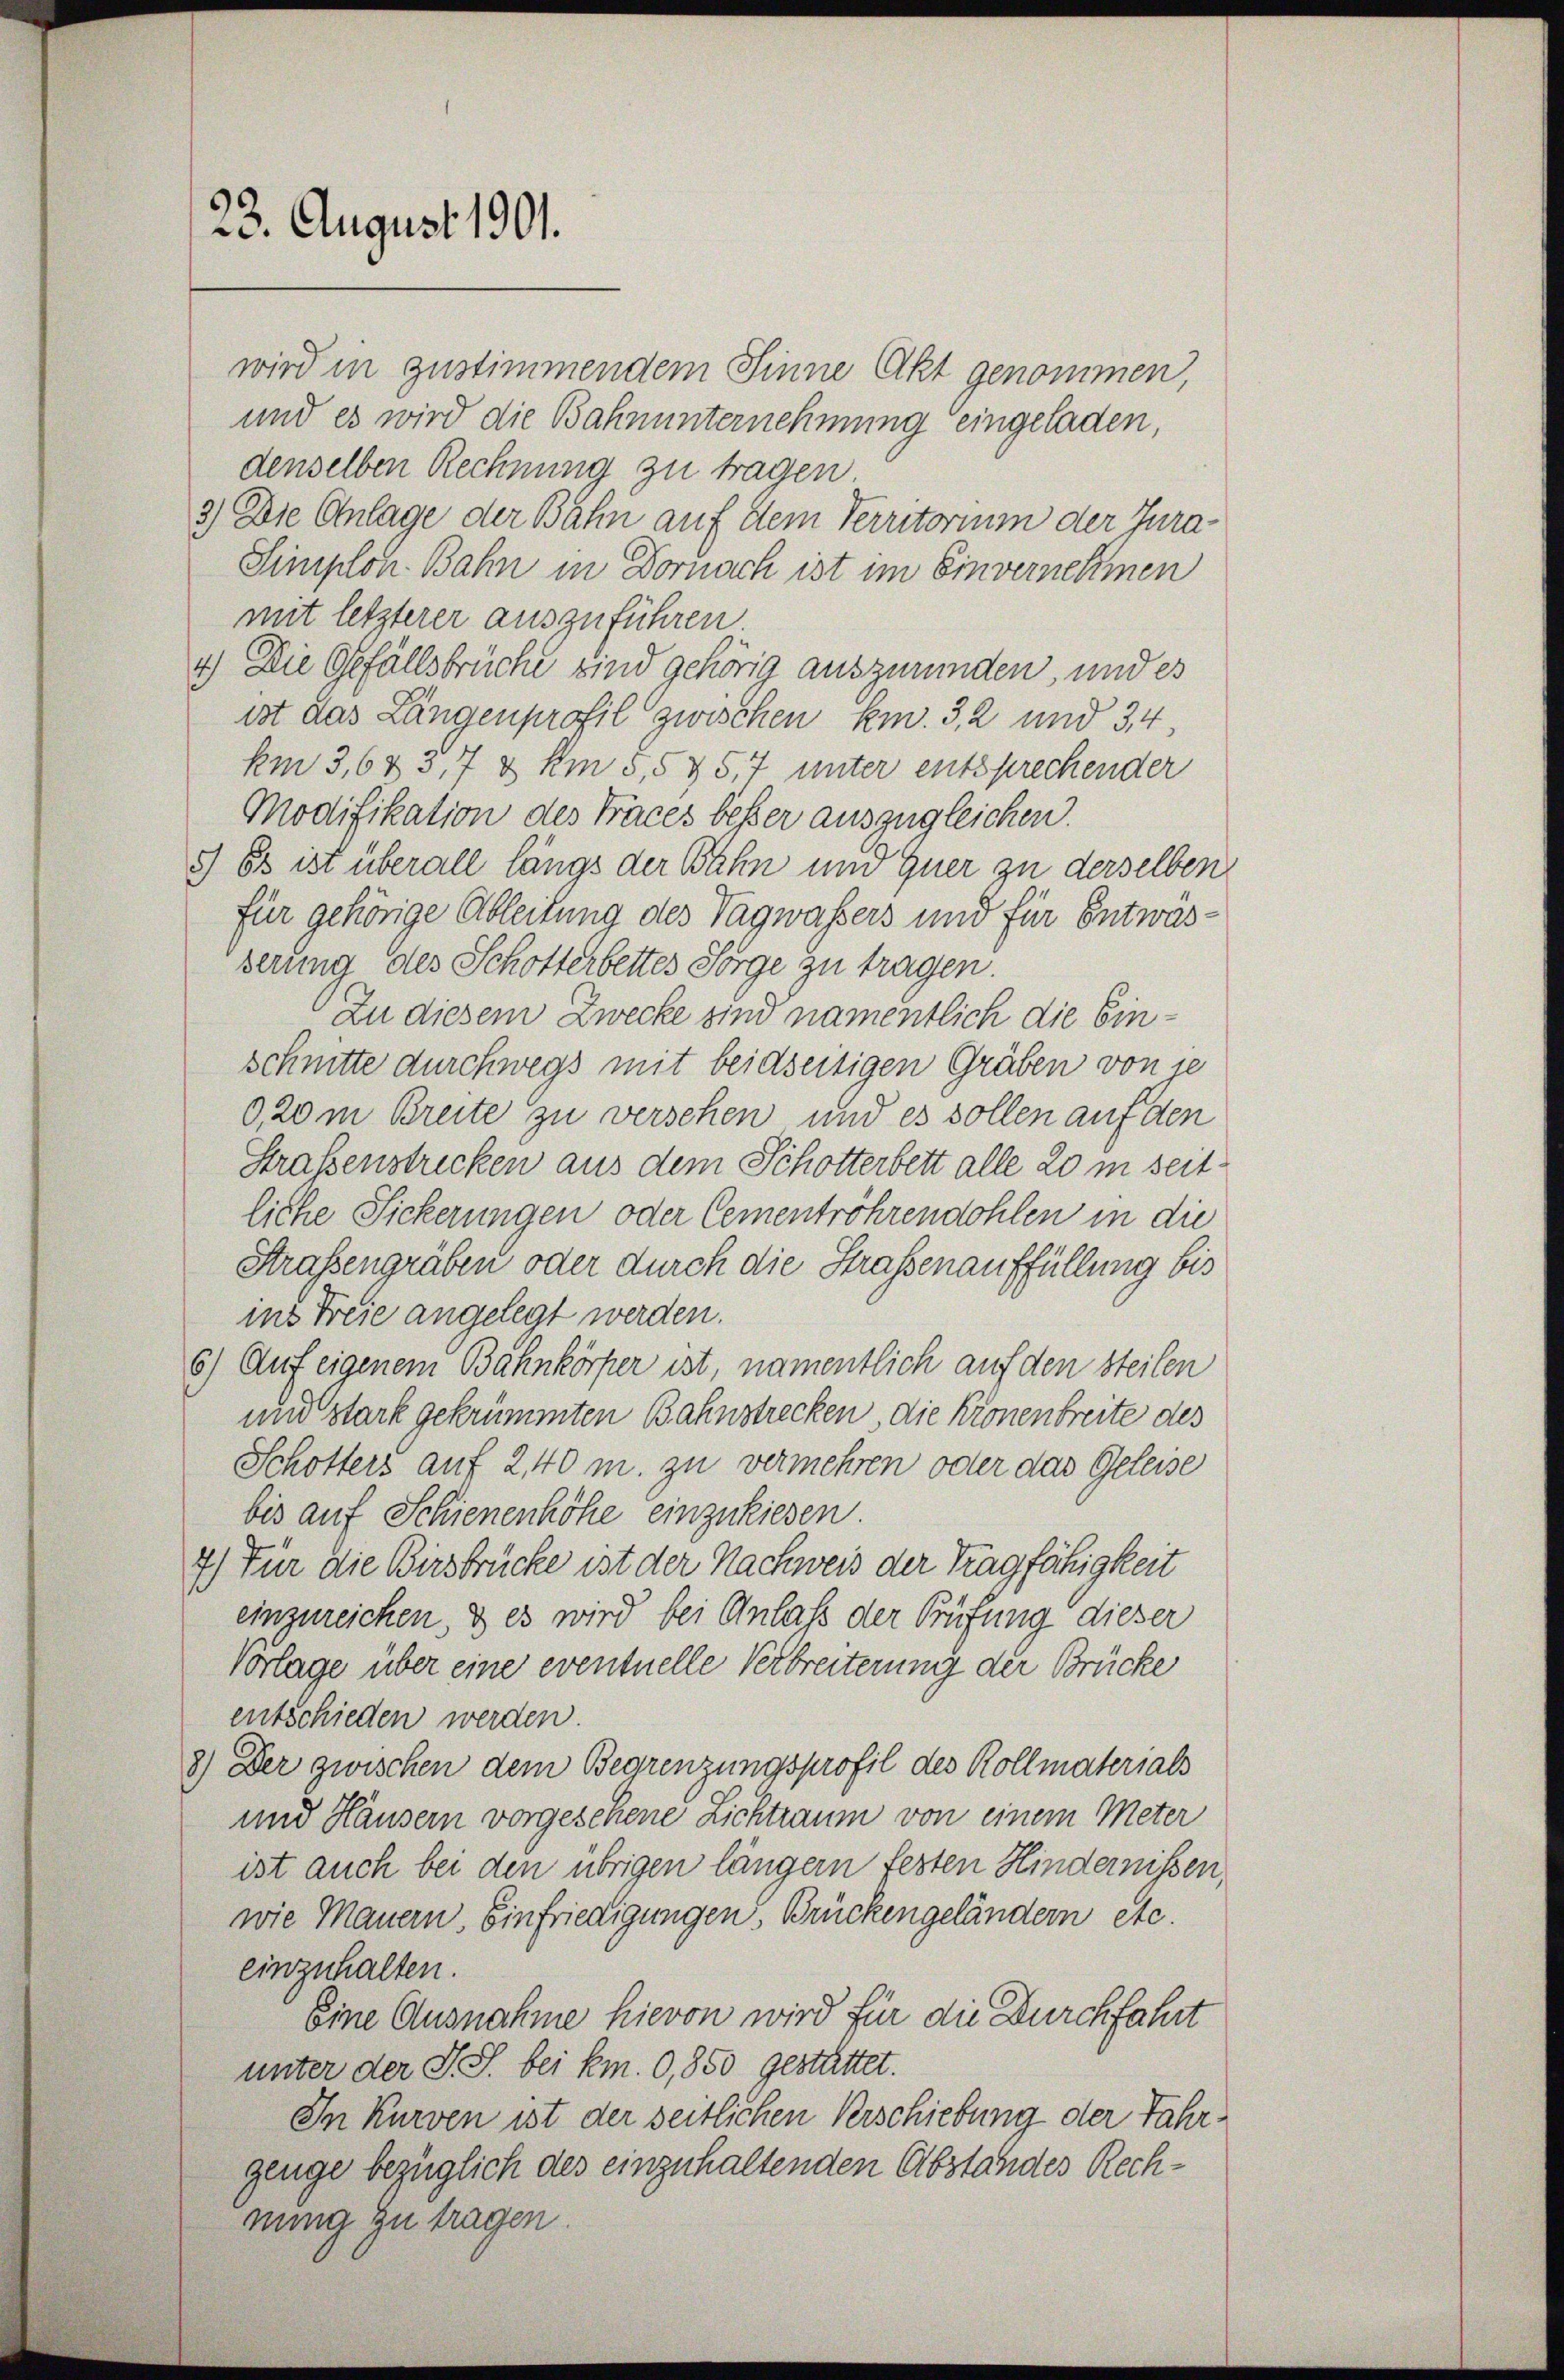
23. August 1901.

wird in zustimmendem Sinne Akt genommen,
und es wird die Bahnunternehmung eingeladen,
denselben Rechnung zu tragen
3) Die Anlage der Bahn auf dem Perritorium der Jura¬
Simplon Bahn in Dornach ist im Einvernehmen
mit letzterer auszuführen.
4.) Die Gefällsbrüche sind gehörig auszuründen, und es
ist das Längenprofil zwischen km. 3, 2 und 34
km 3,6 & 3,7 & km 5,5 & 5, 7 unter entsprechender
Modifikation des Traces besser auszugleichen.
5) Es ist überall längs der Bahn und Euer zu derselben
für gehörige Ableitung des Tagwassers und für Entwässerung des Schotterbettes Sorge zu tragen.
Zu diesem Zwecke sind namentlich die Einschnitte durchwegs mit beidseitigen Gräben von ie
0,20m Breite zu versehen und es sollen auf den
Straßenstricken aus dem Schotterbett alle 20 in seitliche Sickerungen oder Cementröhrendohlen in die
Straßengräben oder durch die Strassenauffüllung bis
ins Freie angelegt werden.
8) Auf eigenem Bahnkörper ist, namentlich auf den steilen
und stark gekrümmten Bahnstrecken, die Krönenbreite des
Schotters auf 240 m. zu vermehren oder das Geleise
bis auf Schienenhöhe einzukiesen.
7) Für die Birsbrücke ist der Nachweis der Tragfähigkeit
einzureichen, & es wird bei Anlaß der Prüfung dieser
Vorlage über eine eventuelle Verbreiterung der Brücke
entschieden werden.
8) Der zwischen dem Begrenzungsprofil des Kollmaterials
und Häusern vorgesehene Lichtraum von einem Meter
ist auch bei den übrigen längern festen Hindernissen,
wie Mauern, Einfriedigungen, Brückengeländern etc
einzuhalten.
Eine Ausnahme hievon wird für die Durchfahrt
unter der S. S. bei km. 0,850 gestattet.
In Kurven ist der seitlichen Verschiebung der Jahrgenge bezüglich des einzuhaltenden Abstandes Rechnung zu tragen.